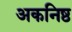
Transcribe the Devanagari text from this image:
अकनिष्ठ